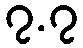
၇.၇